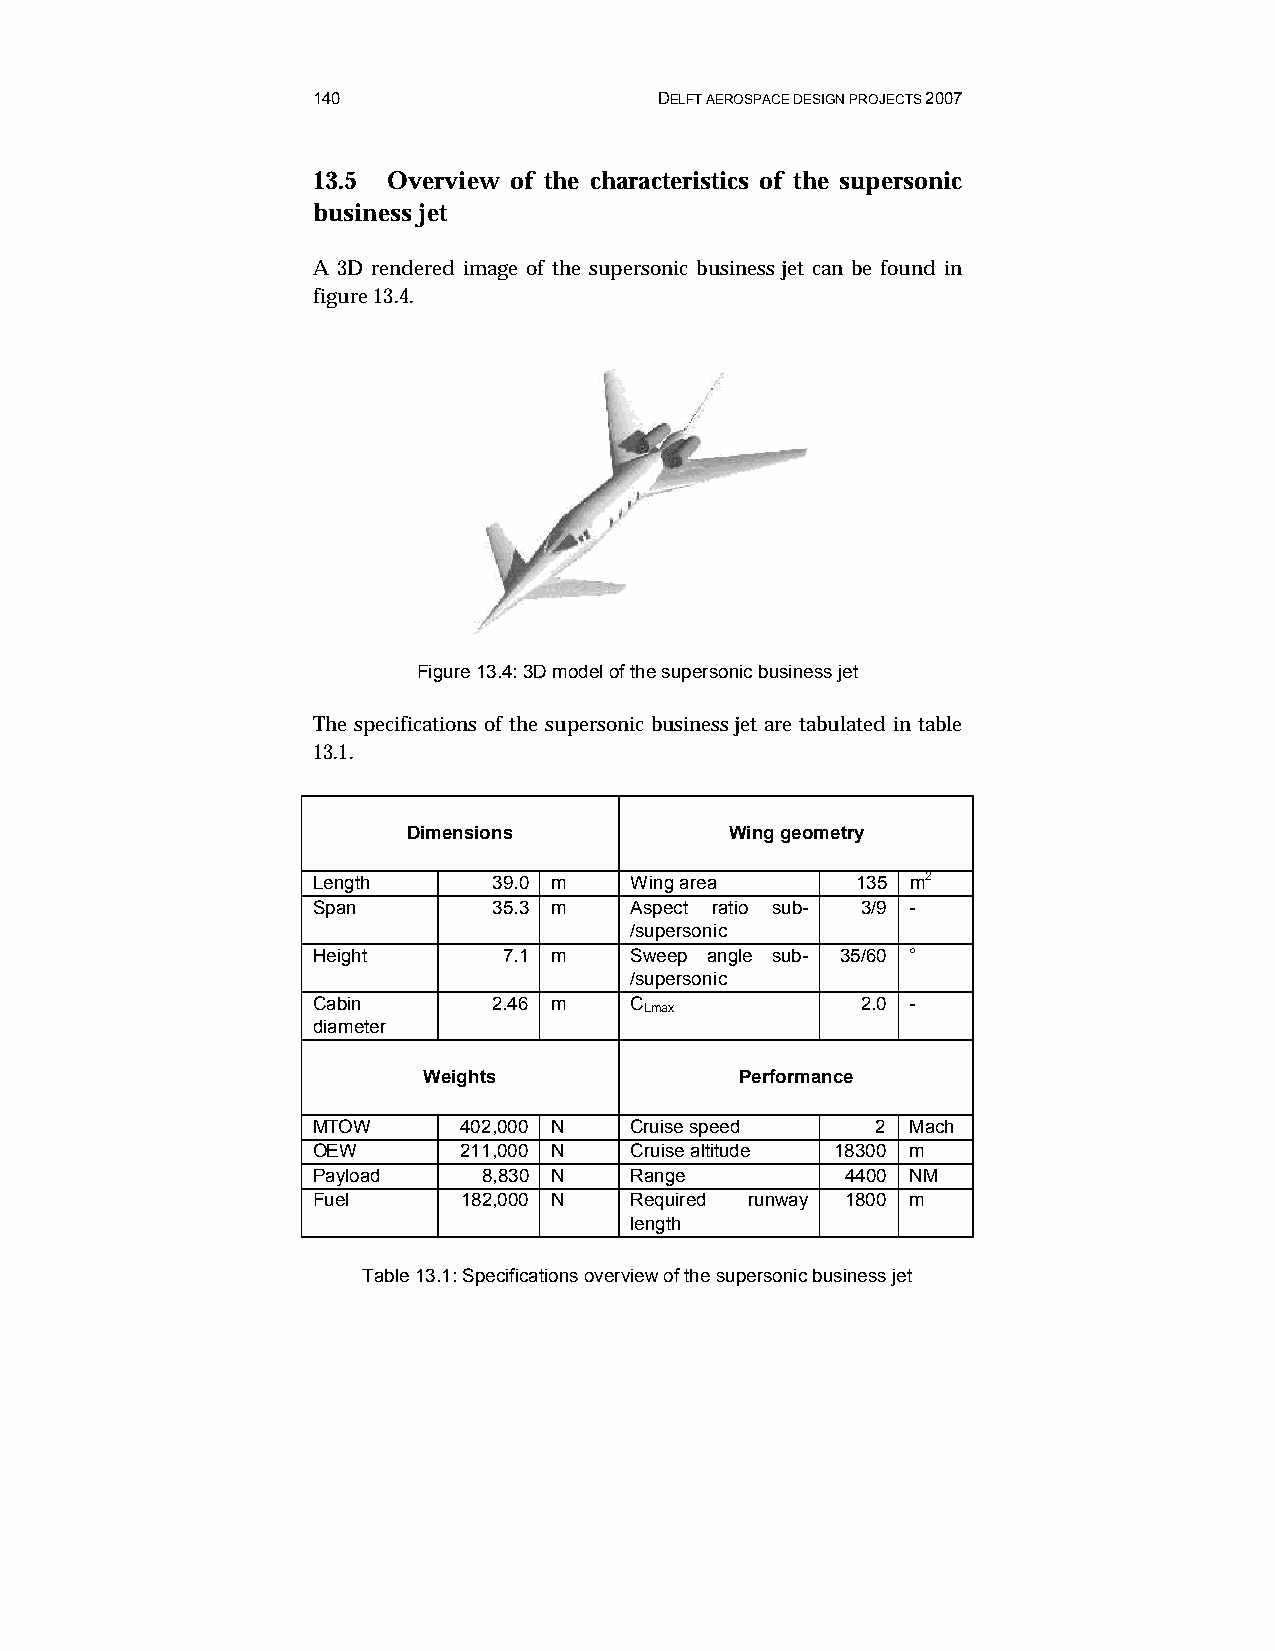
140                    DELFT AEROSPACE DESIGN PROJECTS 2007
 13.5 Overview of the characteristics of the supersonic
 business jet
 A 3D rendered image of the supersonic business jet can be found in
 figure 13.4.
 Figure 13.4: 3D model of the supersonic business jet
 The specifications of the supersonic business jet are tabulated in table
 13.1.
 Dimensions           Wing geometry
 Length      39.0 m   Wing area      135 m2
 Span        35.3 m   Aspect ratio sub- 3/9 -
 /supersonic
 Height      7.1 m    Sweep angle sub- 35/60 °
 /supersonic
 Cabin       2.46 m   C              2.0 -
 Lmax
 diameter
 Weights              Performance
 MTOW      402,000 N  Cruise speed    2 Mach
 OEW       211,000 N  Cruise altitude 18300 m
 Payload    8,830 N   Range         4400 NM
 Fuel      182,000 N  Required runway 1800 m
 length
 Table 13.1: Specifications overview of the supersonic business jet